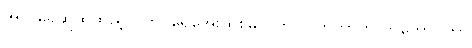
အဲလိုရေဆူထဲထည့်လိုက်၊ ရေအေးထဲစိမ်လိုက်၊ ပြုတ်တာက ဘဲကောင်ဟာ